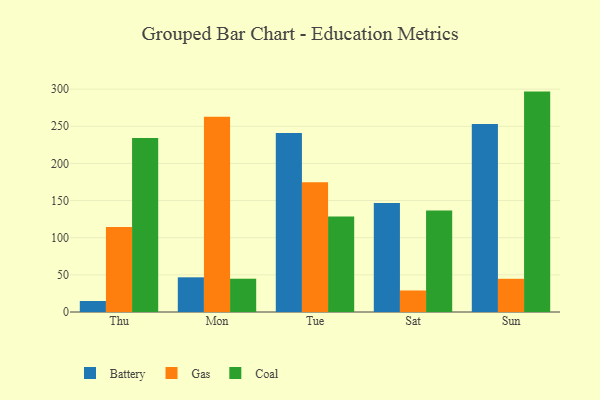
{"axis": {"x": "Day", "y": "Latency (ms)"}, "legend": ["Battery", "Coal", "Gas"], "data": [{"x": "Thu", "y": 14.8, "type": "Battery"}, {"x": "Thu", "y": 114.5, "type": "Gas"}, {"x": "Thu", "y": 234.4, "type": "Coal"}, {"x": "Mon", "y": 46.7, "type": "Battery"}, {"x": "Mon", "y": 262.9, "type": "Gas"}, {"x": "Mon", "y": 44.8, "type": "Coal"}, {"x": "Tue", "y": 240.8, "type": "Battery"}, {"x": "Tue", "y": 174.5, "type": "Gas"}, {"x": "Tue", "y": 128.7, "type": "Coal"}, {"x": "Sat", "y": 146.6, "type": "Battery"}, {"x": "Sat", "y": 29.0, "type": "Gas"}, {"x": "Sat", "y": 136.7, "type": "Coal"}, {"x": "Sun", "y": 253.2, "type": "Battery"}, {"x": "Sun", "y": 44.7, "type": "Gas"}, {"x": "Sun", "y": 296.7, "type": "Coal"}]}